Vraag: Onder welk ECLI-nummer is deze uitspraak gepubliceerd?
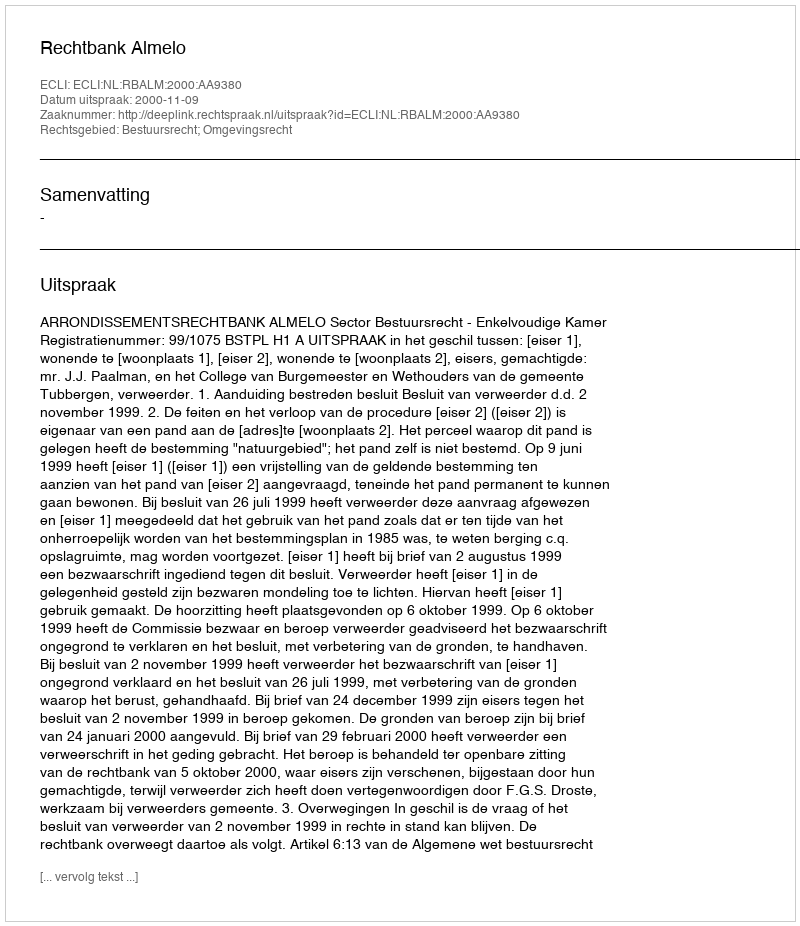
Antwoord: ECLI:NL:RBALM:2000:AA9380